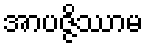
အာပဇ္ဇိဿာမ